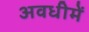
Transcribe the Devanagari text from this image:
अवधीमें